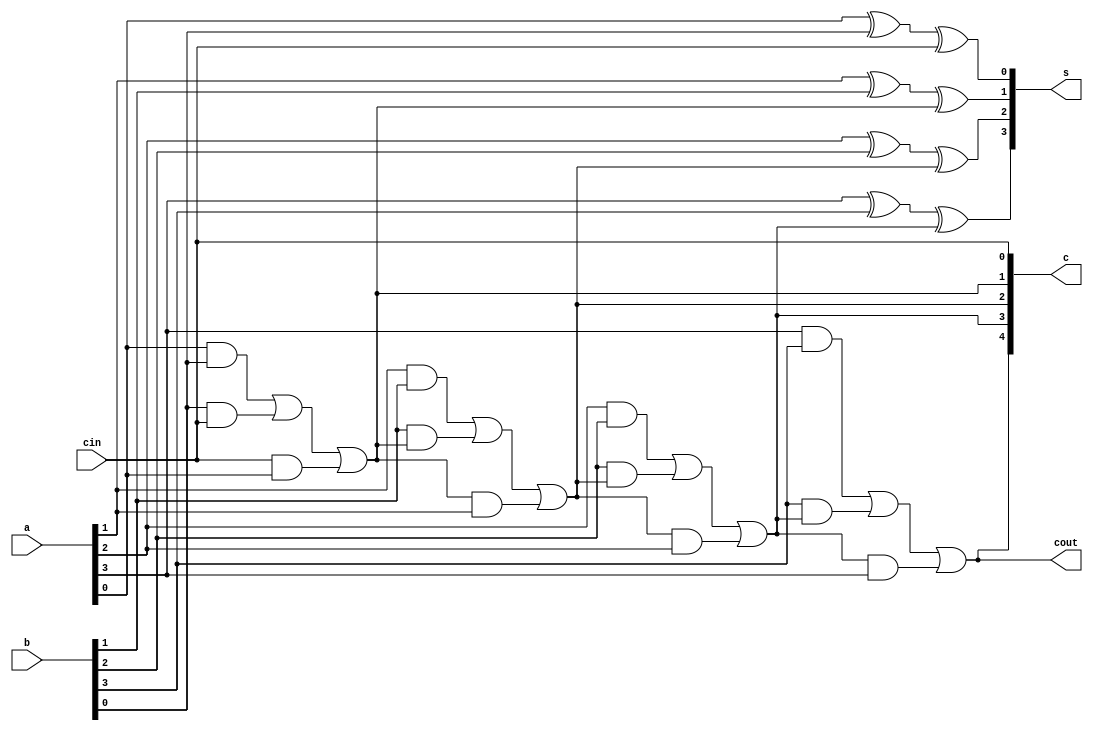
`timescale 1ns / 1ps
module rca_behavioral(a,b,cin,s,c,cout);
input [3:0]a,b;
input cin;
output reg cout;
output reg [3:0]s;
output reg [4:0]c;
integer i;
always@*
begin
c[0]=cin;
for(i=0;i<4;i=i+1)
begin
s[i]=a[i]^b[i]^c[i];
c[i+1]=(a[i]&b[i])|(b[i]&c[i])|(c[i]&a[i]);
end
cout=c[4];
end
endmodule